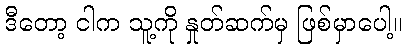
ဒီတော့ ငါက သူ့ကို နှုတ်ဆက်မှ ဖြစ်မှာပေါ့။